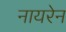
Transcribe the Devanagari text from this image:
नायरेन